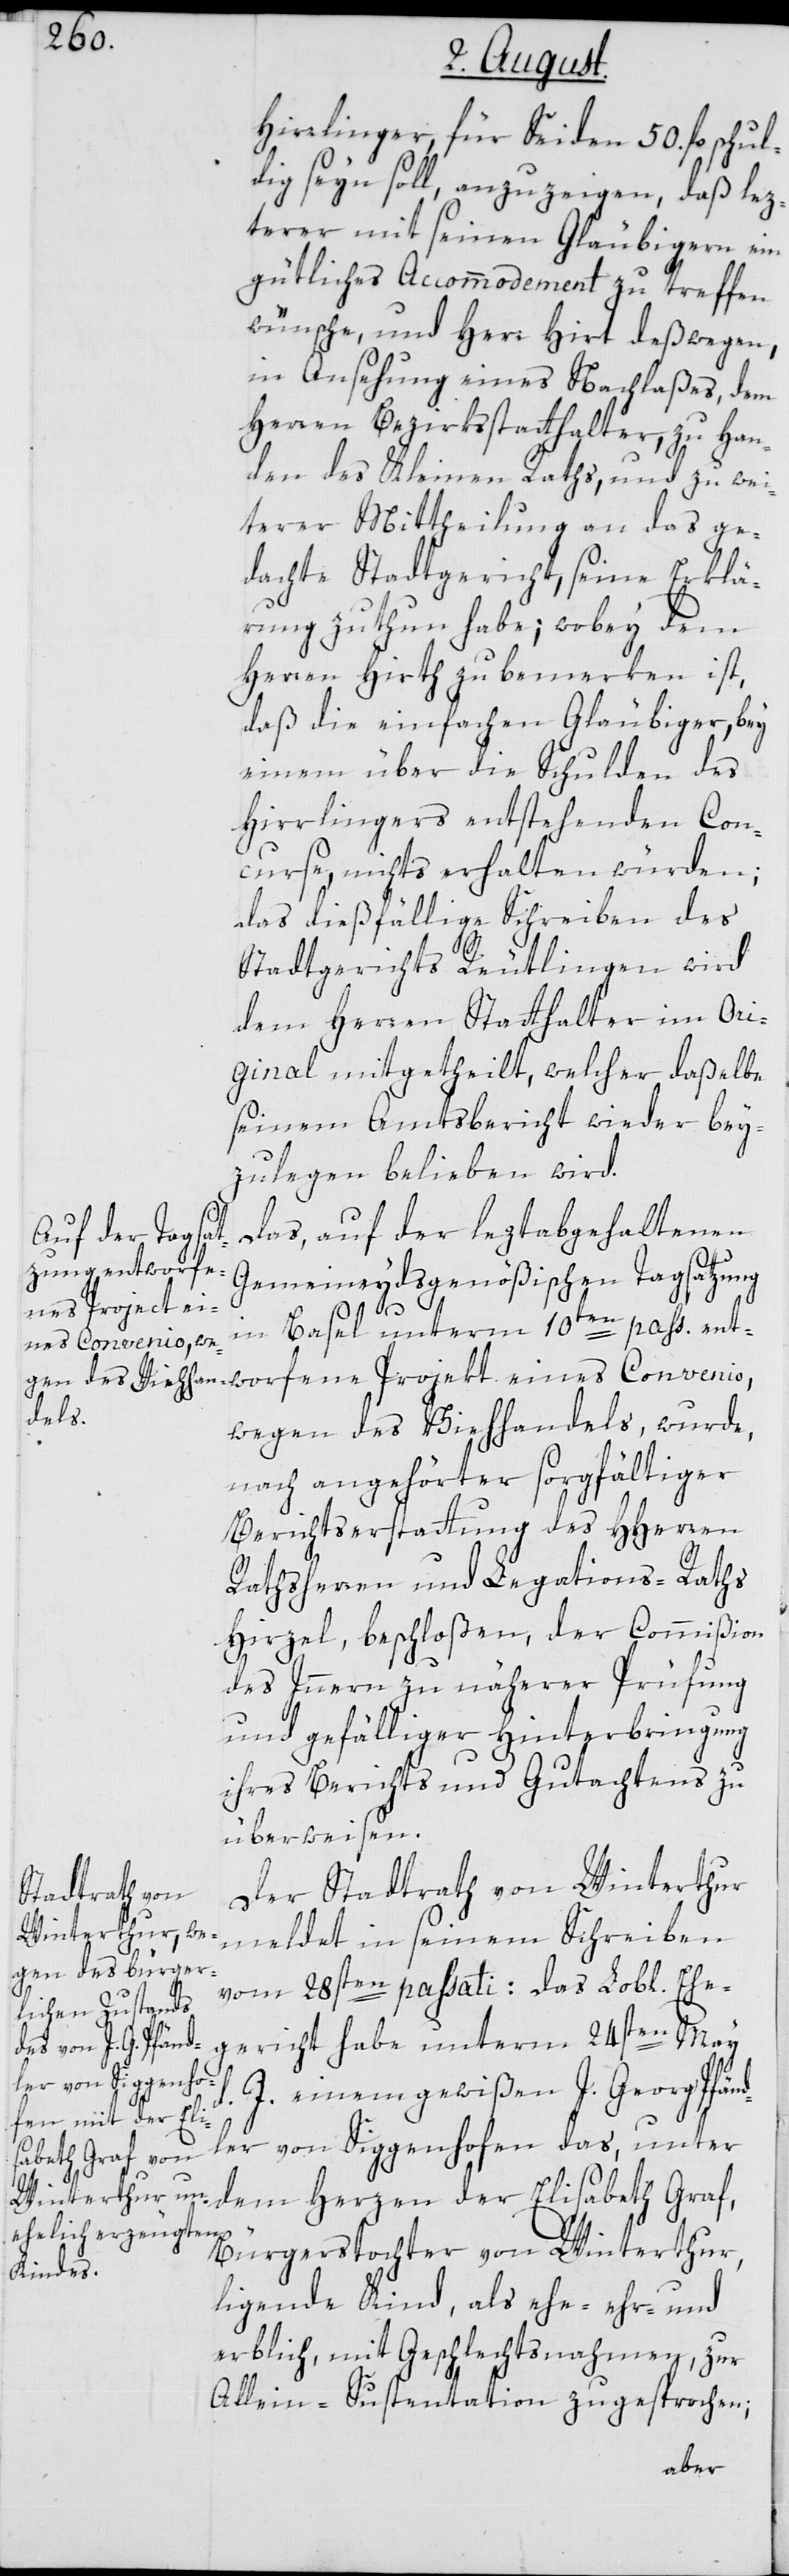
Hirrlinger, für Seiden 50. fl. schul¬
dig seyn soll, anzuzeigen, daß lez¬
terer mit seinen Gläubigern ein
gütliches Accommodement zu treffen
wünsche, und Herr Hirt deßwegen,
in Ansehung eines Nachlaßes, dem
Herren Bezirksstatthalter, zu Han¬
den des Kleinen Raths, und zu wei¬
terer Mittheilung an das ge¬
dachte Stadtgericht, seine Erklä¬
rung zu thun habe; wobey dem
Herren Hirth zu bemerken ist,
daß die einfachen Gläubiger, bey
einem über die Schulden des
Hirrlingers entstehenden Con¬
curse, nichts erhalten würden;
das dießfällige Schreiben des
Stadtgerichts Reutlingen wird
dem Herren Statthalter im Or¬
iginal mitgetheilt, welcher daßelbe
seinem Amtsbericht wieder bey¬
zulegen belieben wird.
Das, auf der leztabgehaltenen
Gemeineydsgenößischen Tagsatzung
ne Projekt ei¬
in Basel unterm 10ten pass. ent¬
nes Convenio,
worfe¬
wegen des Viehhandels, wurde,
nach angehörter sorgfältiger
Berichtserstattung des HHerren
Rathsherren und Legations-Raths
Hirzel, beschloßen, der Commißion
des Innern zu näherer Prüfung
und gefälliger Hinterbringung
ihres Berichts und Gutachtens zu
überweisen.
Der Stadtrath von Winterthur
meldet in seinem Schreiben
vom 28sten passati: Das Lobl. Ehe¬
d.
gericht habe unterm 24sten May
J. einem gewißen J. Georg Pfänd¬
ler von Siggenhofen das, unter
dem Herzen der Elisabeth Graf,
Bürgerstochter von Winterthur,
ligende Kind, als ehe-, ehr- und
erblich, mit Geschlechtsnahmen, zur
Allein-Sustentation zugesprochen;